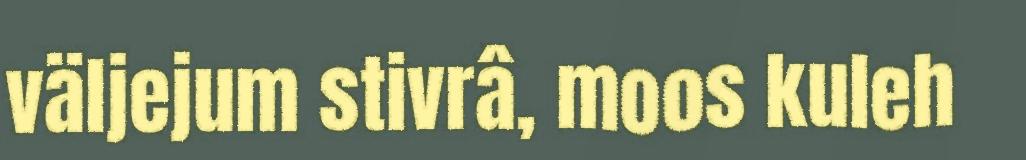
väljejum stivrâ, moos kuleh